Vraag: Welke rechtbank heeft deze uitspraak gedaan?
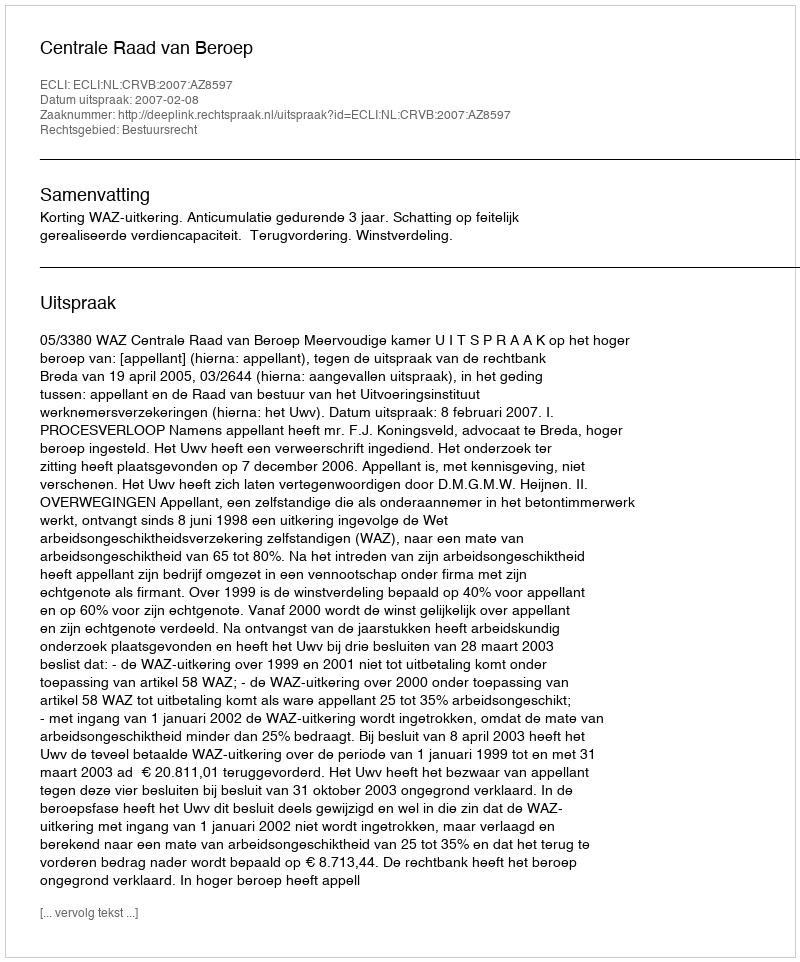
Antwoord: Centrale Raad van Beroep